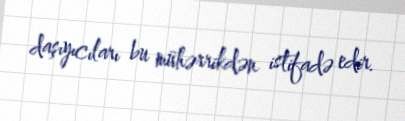
daşıyıcıları bu mühərrikdən istifadə edir.